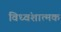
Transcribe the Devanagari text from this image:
विध्वंशात्मक